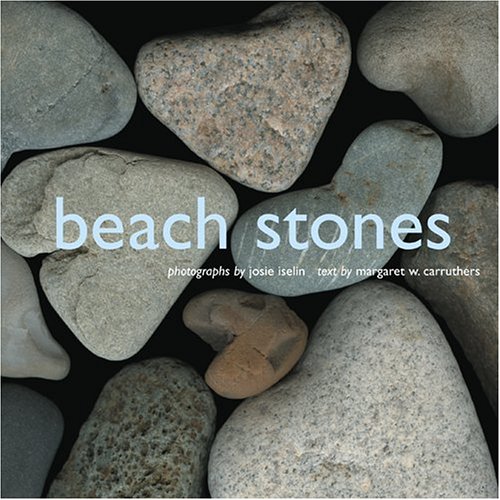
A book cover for Beach Stones; Margaret W. Carruthers; Science & Math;